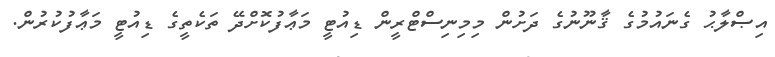
އިޞްލާޙު ގެނައުމުގެ ޤާނޫނުގެ ދަށުން މިމިނިސްޓްރީން ޑިއުޓީ މަޢާފުކޮށްދޭ ތަކެތީގެ ޑިއުޓީ މަޢާފުކުރުން.